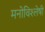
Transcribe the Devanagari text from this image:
मनोविश्लेषी